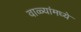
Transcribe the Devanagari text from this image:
वाळ्यांमध्ये